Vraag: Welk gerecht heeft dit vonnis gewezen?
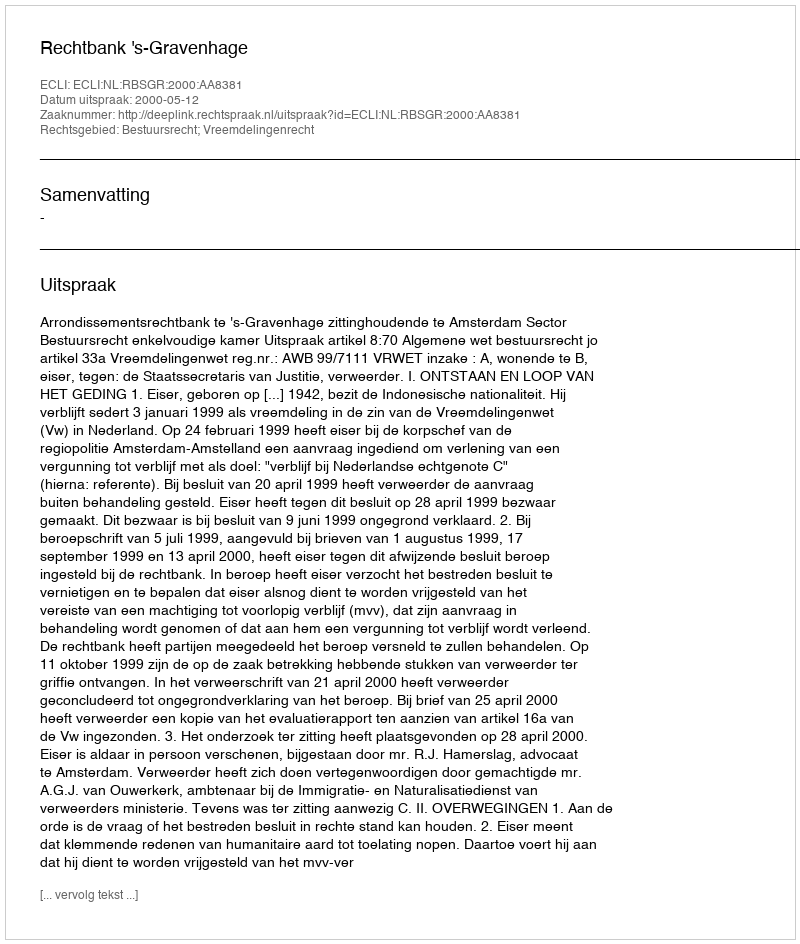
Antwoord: Rechtbank 's-Gravenhage